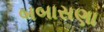
બબાસણા